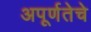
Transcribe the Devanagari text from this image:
अपूर्णतेचे